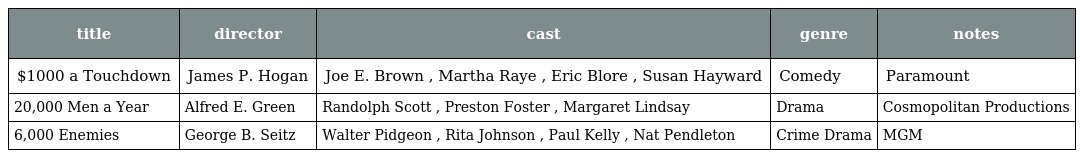
| title | director | cast | genre | notes |
 | --- | --- | --- | --- | --- |
 | $1000 a Touchdown | James P. Hogan | Joe E. Brown , Martha Raye , Eric Blore , Susan Hayward | Comedy | Paramount |
 | 20,000 Men a Year | Alfred E. Green | Randolph Scott , Preston Foster , Margaret Lindsay | Drama | Cosmopolitan Productions |
 | 6,000 Enemies | George B. Seitz | Walter Pidgeon , Rita Johnson , Paul Kelly , Nat Pendleton | Crime Drama | MGM |